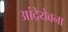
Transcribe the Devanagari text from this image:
आंद्रेयेवना